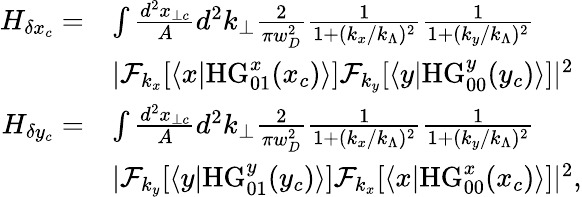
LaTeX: \begin{array}{rl}{H_{\delta x_{c}}=}&{\int\frac{d^{2}x_{\perp c}}{A}d^{2}k_{\perp}\frac{2}{\pi w_{D}^{2}}\frac{1}{1+(k_{x}/k_{\Lambda})^{2}}\frac{1}{1+(k_{y}/k_{\Lambda})^{2}}}\\ &{|\mathcal{F}_{k_{x}}[\langle x|\mathrm{HG}_{01}^{x}(x_{c})\rangle]\mathcal{F}_{k_{y}}[\langle y|\mathrm{HG}_{00}^{y}(y_{c})\rangle]|^{2}}\\ {H_{\delta y_{c}}=}&{\int\frac{d^{2}x_{\perp c}}{A}d^{2}k_{\perp}\frac{2}{\pi w_{D}^{2}}\frac{1}{1+(k_{x}/k_{\Lambda})^{2}}\frac{1}{1+(k_{y}/k_{\Lambda})^{2}}}\\ &{|\mathcal{F}_{k_{y}}[\langle y|\mathrm{HG}_{01}^{y}(y_{c})\rangle]\mathcal{F}_{k_{x}}[\langle x|\mathrm{HG}_{00}^{x}(x_{c})\rangle]|^{2},}\end{array}